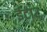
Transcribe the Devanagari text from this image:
ईटा२